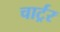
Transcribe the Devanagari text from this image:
चार्ट्रर